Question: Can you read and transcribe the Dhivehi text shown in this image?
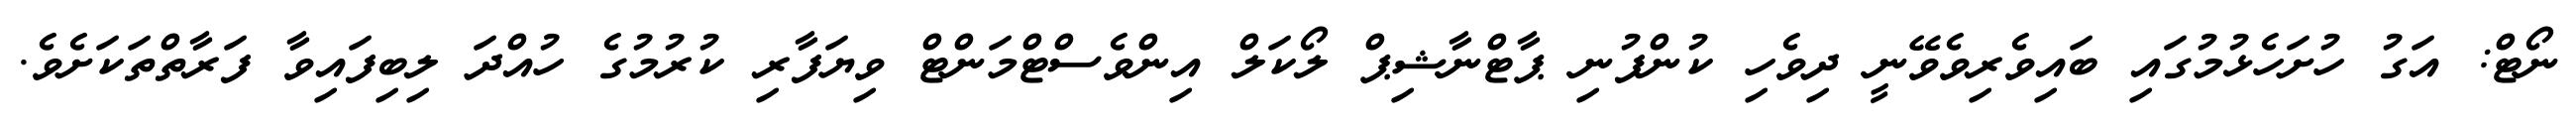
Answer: ނޯޓް: އަގު ހުށަހެޅުމުގައި ބައިވެރިވެވޭނީ ދިވެހި ކުންފުނި ޕާޓްނާޝިޕް ލޯކަލް އިންވެސްޓްމަންޓް ވިޔަފާރި ކުރުމުގެ ހުއްދަ ލިބިފައިވާ ފަރާތްތަކަށެވެ.